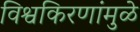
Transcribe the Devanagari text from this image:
विश्वकिरणांमुळे